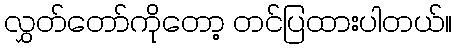
လွှတ်တော်ကိုတော့ တင်ပြထားပါတယ်။